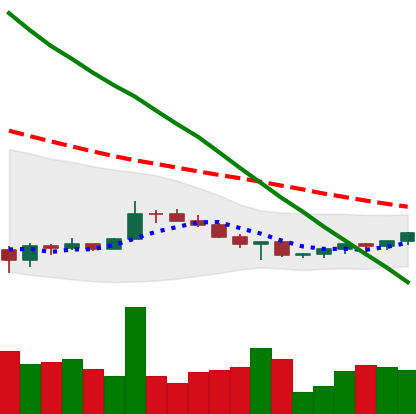
Ticker: XRP-USD
Chart end date: 2022-07-07
Forward return: -8.912%
Label: down_7plus